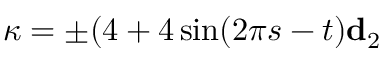
\boldsymbol { \kappa } = \pm ( 4 + 4 \sin ( 2 \pi s - t ) \mathbf { d } _ { 2 }